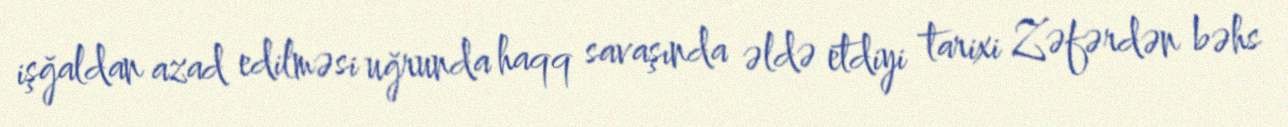
işğaldan azad edilməsi uğrunda haqq savaşında əldə etdiyi tarixi Zəfərdən bəhs